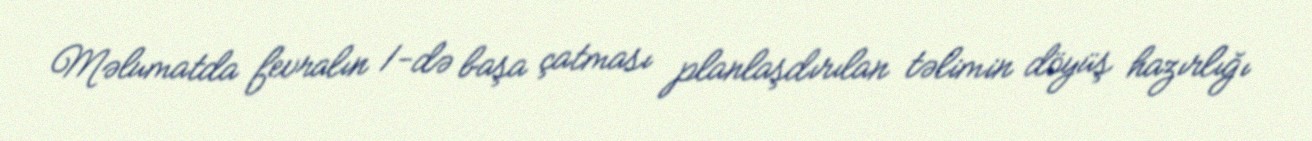
Məlumatda fevralın 1-də başa çatması planlaşdırılan təlimin döyüş hazırlığı